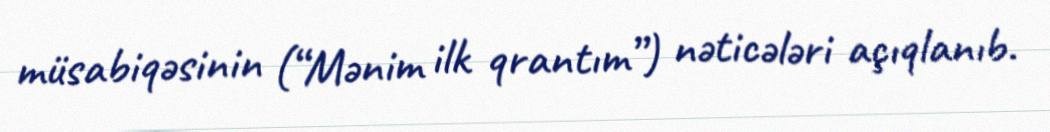
müsabiqəsinin (“Mənim ilk qrantım”) nəticələri açıqlanıb.